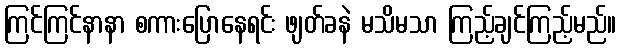
ကြင်ကြင်နာနာ စကားပြောနေရင်း ဖျတ်ခနဲ မသိမသာ ကြည့်ချင်ကြည့်မည်။